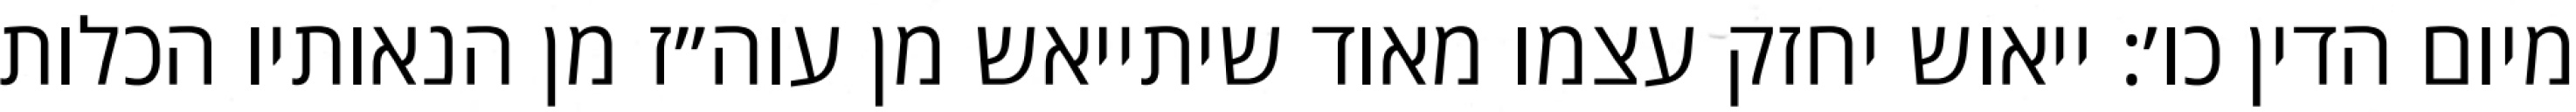
מיום הדין כו׳: ייאוש יחזק עצמו מאוד שיתייאש מן עוה״ז מן הנאותיו הכלות